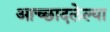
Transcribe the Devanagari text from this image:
आच्छादलेल्या